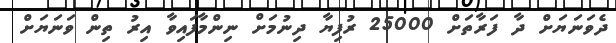
ދެވަނަޔަށް ދާ ފަރާތަށް 25000 ރުފިޔާ ދިނުމަށް ނިންމާފައިވާ އިރު ތިން ވަނަޔަށް